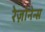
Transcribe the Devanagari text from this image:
रेज़ोनेन्स